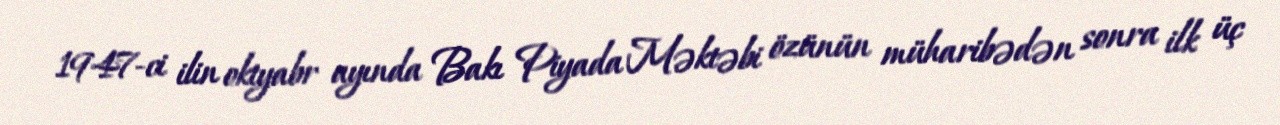
1947-ci ilin oktyabr ayında Bakı Piyada Məktəbi özünün müharibədən sonra ilk üç